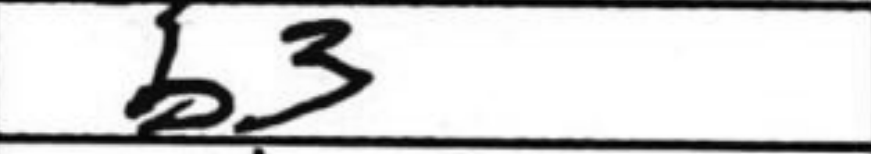
Transcription: b3